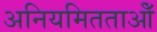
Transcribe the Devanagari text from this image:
अनियमितताओँ